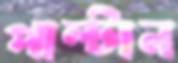
পাল্‌টান